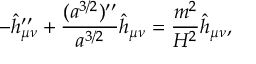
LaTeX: - \hat { h } _ { \mu \nu } ^ { \prime \prime } + { \frac { ( a ^ { 3 / 2 } ) ^ { \prime \prime } } { a ^ { 3 / 2 } } } \hat { h } _ { \mu \nu } = { \frac { m ^ { 2 } } { H ^ { 2 } } } \hat { h } _ { \mu \nu } ,